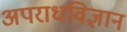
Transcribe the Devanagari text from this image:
अपराधविज्ञान